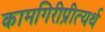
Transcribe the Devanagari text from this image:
कामगिरीप्रीत्यर्थ